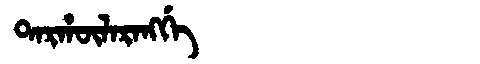
Manchu: ᡨᠠᡵᡥᡡᠯᠠᡵᠠᠩᡤᡝ
Romanization: TARHŪLARANGGE